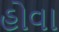
હોવા